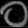
Digit: ၀